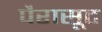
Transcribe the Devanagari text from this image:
पैरासूट